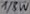
Text: 1/8W